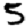
Digit: 5